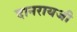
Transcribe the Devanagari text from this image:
दानरायजी